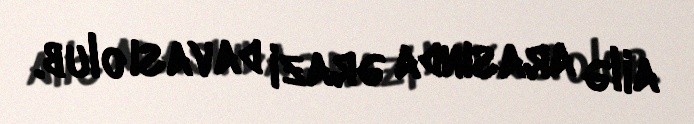
ailə arasında ərazi davası olub.